Calcutta medical institutions reports 1871-78
Year: 1871
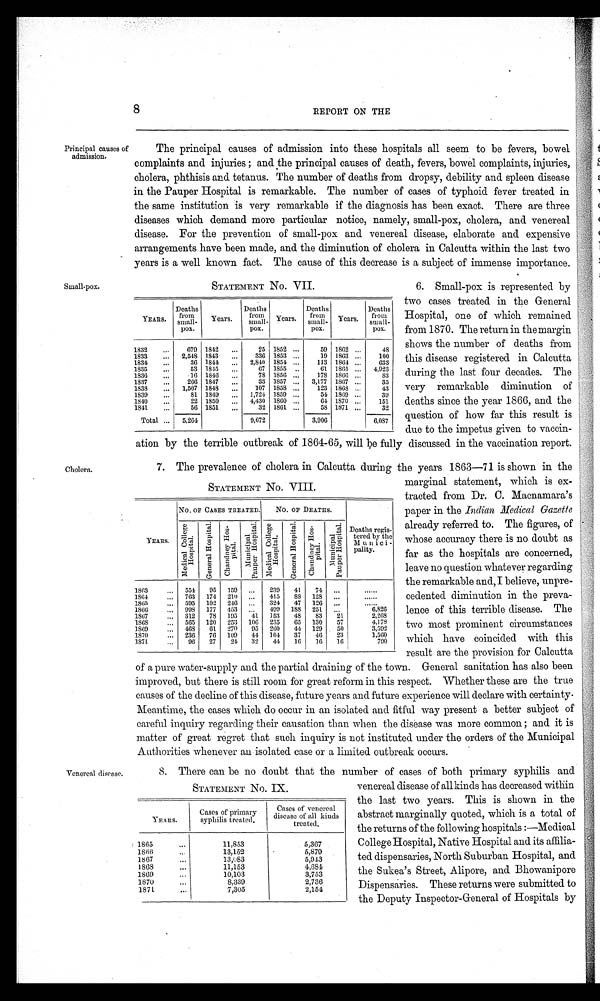
ation by the terrible outbreak of 1864-65, will be fully discussed in the vaccination report.
1.
The prevalence of cholera in Calcutta during the years 1863-71 is shown in the
8
REPORT ON THE
Principal causes of
admission.
The principal causes of admission into these hospitals all seem to be fevers, bowel
complaints and injuries; and the principal causes of death, fevers, bowel complaints, injuries,
cholera, phthisis and tetanus. The number of deaths from dropsy, debility and spleen disease
in the Pauper Hospital is remarkable. The number of cases of typhoid fever treated in
the same institution is very remarkable if the diagnosis has been exact. There are three
diseases which demand more particular notice, namely, small-pox, cholera, and venereal
disease. For the prevention of small-pox and venereal disease, elaborate and expensive
arrangements have been made, and the diminution of cholera in Calcutta within the last two
years is a well known fact. The cause of this decrease is a subject of immense importance.
Small-pox.
Cholera.
STATEMENT No. VII.
YEARS
Deaths
from
Small-
pox.
Years.
Deaths
from
Small-
pox.
Years.
Deaths
from
small-
pox.
Year.
Deaths
from
small-
pox.
1832
679 1842
25 1852
59 1862
48
1833
2,548 1843
336 1853
19 1863
100
1834
36 1844 2,840 1854
113 1864
633
1835
53 1845
67 1855
61 1865
4,923
1836
16 1846
78 1856
178 1866
83
1837
266 1847
33 1857
3,177 1867
35
1838
1,507 1848
107 1858
123 1868
43
1839
81 1849
1,724 1859
54 1869
39
1840
22 1850
4,430 1860
64 1870
151
1841
56 1851
32 1861
58 1871
32
Total
5,264
9,672
3,906
6,087
STATEMENT No. VIII.
Y E A R S .
No. OF CASES TREATED.
No. OF DEATHS.
Deaths regis
tered by the
Municipality.
M e d i c a l C o l l e g e H o s p i t a l .
Ge n e r a l Ho s p i t a l .
C h a n d n e y H o s p i t a l .
Municipal P a u p e r H o s p i t a l .
M e d i c a l C o l l e g e H o s p i t a l .
G e n e r a l H o s p i t a l .
C h a n d n e y H o s p i t a l .
Municipal P a u p e r H o s p i t a l .
1863
554
95 159
239
41
74
1864
763 174 210
415
88 128
1865
595 102 246
324
47 126
1866
998 177 453
499 188 251
6,826
1867
312
78 195
41 153
48
83
21
2,268
1868
565 120 253 106 235
65 130
57
4,178
1869
468
61 270
95 260
44 129
50
3,592
1870
236
70 109
44 104
37
46
23
1,560
1871
96
27
24 32
44
16
16
16
790
6.
Small-pox is represented by
two cases treated in the General
Hospital, one of which remained
from 1870. The return in the margin
shows the number of deaths from
this disease registered in Calcutta
during the last four decades. The
very remarkable diminution of
deaths since the year 1866, and the
question of how far this result is
due to the impetus given to vaccin-
marginal statement, which is ex-
tracted from Dr. C. Macnamara's
paper in the Indian Medical Gazette
already referred to. The figures, of
whose accuracy there is no doubt as
far as the hospitals are concerned,
leave no question whatever regarding
the remarkable and, I believe, unpre-
cedented diminution in the preva-
lence of this terrible disease. The
two most prominent circumstances
which have coincided with this
result are the provision for Calcutta
Venereal disease.
of a pure water-supply and the partial draining of the town. General sanitation has also been
improved, but there is still room for great reform in this respect. Whether these are the true
causes of the decline of this disease, future years and future experience will declare with certainty
.Meantime, the cases which do occur in an isolated and fitful way present a better subject of
careful inquiry regarding their causation than when the disease was more common ; and it is
matter of great regret that such inquiry is not instituted under the orders of the Municipal
Authorities whenever au isolated case or a limited outbreak occurs.
7.
There can be no doubt that the number of cases of both primary syphilis and
STATEMENT No.IX.
YEARS.
Cases of primary
syphilis treated.
Cases of venereal
isease of all kinds
reated.
1865
11,853
5,367
1866
13,152
5,879
1867
13,083
5,943
1868
11,153
4,684
1869
10,103
3,753
1870
8,339
2,736
1871
7,305
2,154
venereal disease of allkinds has decreased within
the last two years. This is shown in the
abstract marginally quoted, which is a total of
the returns of the following hospitals:—Medical
College Hospital, Native Hospital and its affilia
ted dispensaries, North Suburban Hospital, and
the Sukea's Street, Alipore, and Bhowanipore
Dispensaries. These returns were submitted to
the Deputy Inspector-General of Hospitals by